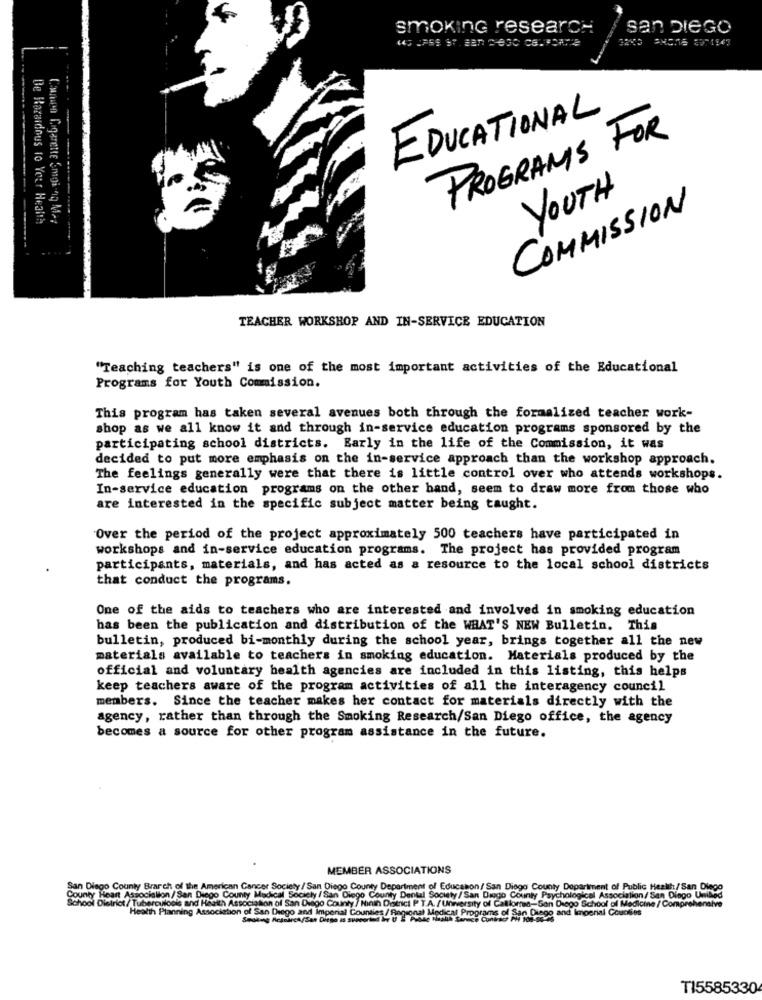
smokinG research
san DIEGO
EDUCATIONAL
PROGRAMS FOR
YOUTH
COMMISSION
De Hazardous to Year Health
Comen Cigarette Smoi-niq Me:
TEACHER WORKSHOP AND IN-SERVICE EDUCATION
"Teaching teachers" is one of the most important activities of the Educational
Programs for Youth Commission.
This program has taken several avenues both through the formalized teacher work-
shop as we all know it and through in-service education programs sponsored by the
participating school districts. Early in the life of the Commission, it was
decided to put more emphasis on the in-service approach than the workshop approach.
The feelings generally were that there is little control over who attends workshops.
In-service education programs on the other hand, seem to draw more from those who
are interested in the specific subject matter being taught.
Over the period of the project approximately 500 teachers have participated in
workshops and in-service education programs. The project has provided program
participants, materials, and has acted as a resource to the local school districts
that conduct the programs.
One of the aids to teachers who are interested and involved in smoking education
has been the publication and distribution of the WHAT'S NEW Bulletin. This
bulletin, produced bi-monthly during the school year, brings together all the new
materials available to teachers in smoking education. Materials produced by the
official and voluntary health agencies are included in this listing, this helps
keep teachers aware of the program activities of all the interagency council
members. Since the teacher makes her contact for materials directly with the
agency, rather than through the Smoking Research/San Diego office, the agency
becomes a source for other program assistance in the future.
MEMBER ASSOCIATIONS
San Diego County Brarch of the American Cancer Society / San Diego County Department of Education / San Diego County Department of Public Health/San Diego
County Heart Association/San Diego County Medical Socialy / San Diego County Dental Society /San Diego County Psychological Association/ San Diego United
School District/ Tuberculoole and Health Association of San Diego County / Ninin Doitrict P T.A. / University of Calllomen-San Diego School of Medicine /Comprehen
Health Planning Association of San Diego and imperial Counties/ Regional M
T15585330